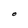
Character: O